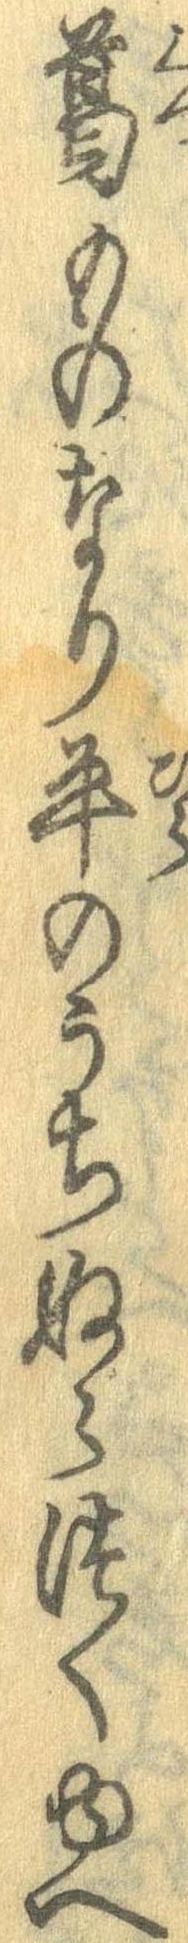
葛ものなり平のうちぬらつくゆへ